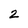
Character: 2